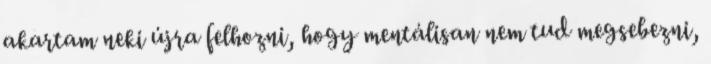
akartam neki újra felhozni, hogy mentálisan nem tud megsebezni,